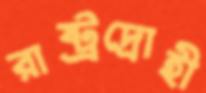
রাষ্ট্রদ্রোহী